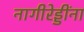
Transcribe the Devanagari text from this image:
नागीरेड्डींना